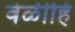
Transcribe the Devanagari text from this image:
वेळीहि